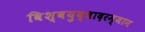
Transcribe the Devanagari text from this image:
विश्वयुद्धादरम्यान